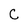
Character: C